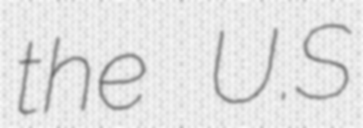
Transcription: the U.S